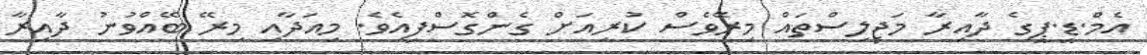
އެމް.ޑީ.ޕީގެ ދާއިރާ މަޖިލިސްތައް މިރޭވެސް ކުރިއަށް ގެންގޮސްފިއެވެ. މިއަދާއި މިރޭ ބޭއްވުނު ދާއިރާ